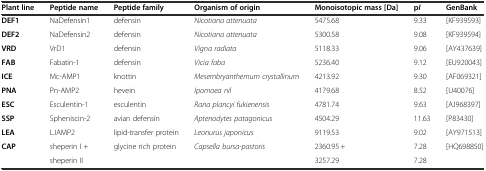
<table><thead><tr><td><b>Plant line</b></td><td><b>Peptide name</b></td><td><b>Peptide family</b></td><td><b>Organism of origin</b></td><td><b>Monoisotopic mass [Da]</b></td><td><b>p<i>I</i></b></td><td><b>GenBank</b></td></tr></thead><tbody><tr><td><b>DEF1</b></td><td>NaDefensin1</td><td>defensin</td><td><i>Nicotiana attenuata</i></td><td>5475.68</td><td>9.33</td><td>[KF939593]</td></tr><tr><td><b>DEF2</b></td><td>NaDefensin2</td><td>defensin</td><td><i>Nicotiana attenuata</i></td><td>5300.58</td><td>9.08</td><td>[KF939594]</td></tr><tr><td><b>VRD</b></td><td>VrD1</td><td>defensin</td><td><i>Vigna radiata</i></td><td>5118.33</td><td>9.06</td><td>[AY437639]</td></tr><tr><td><b>FAB</b></td><td>Fabatin-1</td><td>defensin</td><td><i>Vicia faba</i></td><td>5236.40</td><td>9.12</td><td>[EU920043]</td></tr><tr><td><b>ICE</b></td><td>Mc-AMP1</td><td>knottin</td><td><i>Mesembryanthemum crystallinum</i></td><td>4213.92</td><td>9.30</td><td>[AF069321]</td></tr><tr><td><b>PNA</b></td><td>Pn-AMP2</td><td>hevein</td><td><i>Ipomoea nil</i></td><td>4179.68</td><td>8.52</td><td>[U40076]</td></tr><tr><td><b>ESC</b></td><td>Esculentin-1</td><td>esculentin</td><td><i>Rana plancyi fukienensis</i></td><td>4781.74</td><td>9.63</td><td>[AJ968397]</td></tr><tr><td><b>SSP</b></td><td>Spheniscin-2</td><td>avian defensin</td><td><i>Aptenodytes patagonicus</i></td><td>4504.29</td><td>11.63</td><td>[P83430]</td></tr><tr><td><b>LEA</b></td><td>LJAMP2</td><td>lipid-transfer protein</td><td><i>Leonurus japonicus</i></td><td>9119.53</td><td>9.02</td><td>[AY971513]</td></tr><tr><td rowspan="3"><b>CAP</b></td><td rowspan="2">sheperin I +</td><td rowspan="3">glycine rich protein</td><td rowspan="3"><i>Capsella bursa-pastoris</i></td><td>2360.95 +</td><td>7.28</td><td rowspan="3">[HQ698850]</td></tr><tr><td rowspan="2">3257.29</td><td rowspan="2">7.28</td></tr><tr><td>sheperin II</td></tr></tbody></table>